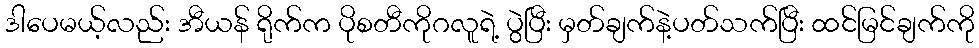
ဒါပေမယ့်လည်း အီယန် ရိုက်က ပိုစတီကိုဂလူရဲ့ ပွဲပြီး မှတ်ချက်နဲ့ပတ်သက်ပြီး ထင်မြင်ချက်ကို